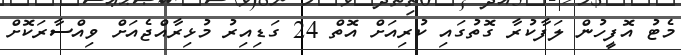
މެޓު އޮފީހުން ލަފާކުރާ ގޮތުގައި ކުރިއަށް އޮތް 24 ގަޑިއިރު މުޅިރާއްޖެއަށް ވިއްސާރަކޮށް